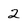
Character: 2